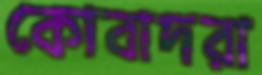
কোবাদরা